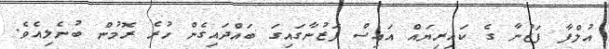
އުލްފާ ފަޒުނާ ގެ ކައިރިޔައް އައިސް ފަޒުނާގައިގަ ބައްދައިގެން ހުރެ ރޮމުން ބުނެލިއެވެ.